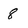
Character: 8